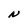
Character: N